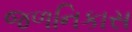
જળનિકાસ